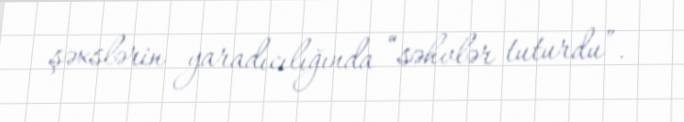
şəxslərin yaradıcılığında “səhvlər tuturdu”.